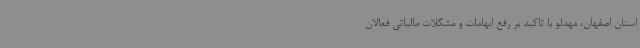
استان اصفهان، مهدلو با تاکید بر رفع ابهامات و مشکلات مالیاتی فعالان